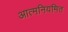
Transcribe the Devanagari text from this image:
आत्मनियमित